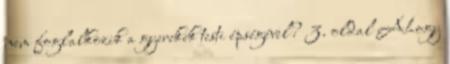
nem foglalkozik a gyerekek testi épségével? 3. oldal Ahogy